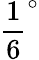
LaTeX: \frac{1}{6}^{\circ}